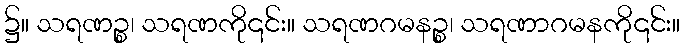
၌။ သရဏဉ္စ၊ သရဏကို၎င်း။ သရဏဂမနဉ္စ၊ သရဏာဂမနကို၎င်း။